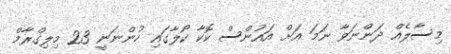
މިސާލެއް ދަންނަވާ ނަމަ އަށް އައުންސް ކޮކާ ކޯލާގައި ހުންނަނީ 23 މިލިގްރާމް